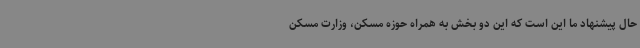
حال پیشنهاد ما این است که این دو بخش به همراه حوزه مسکن، وزارت مسکن